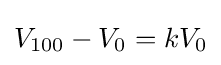
V_{100}-V_{0}=kV_{0}